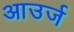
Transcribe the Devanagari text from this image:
आउर्ज